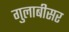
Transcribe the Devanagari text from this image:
गुलाबीसर